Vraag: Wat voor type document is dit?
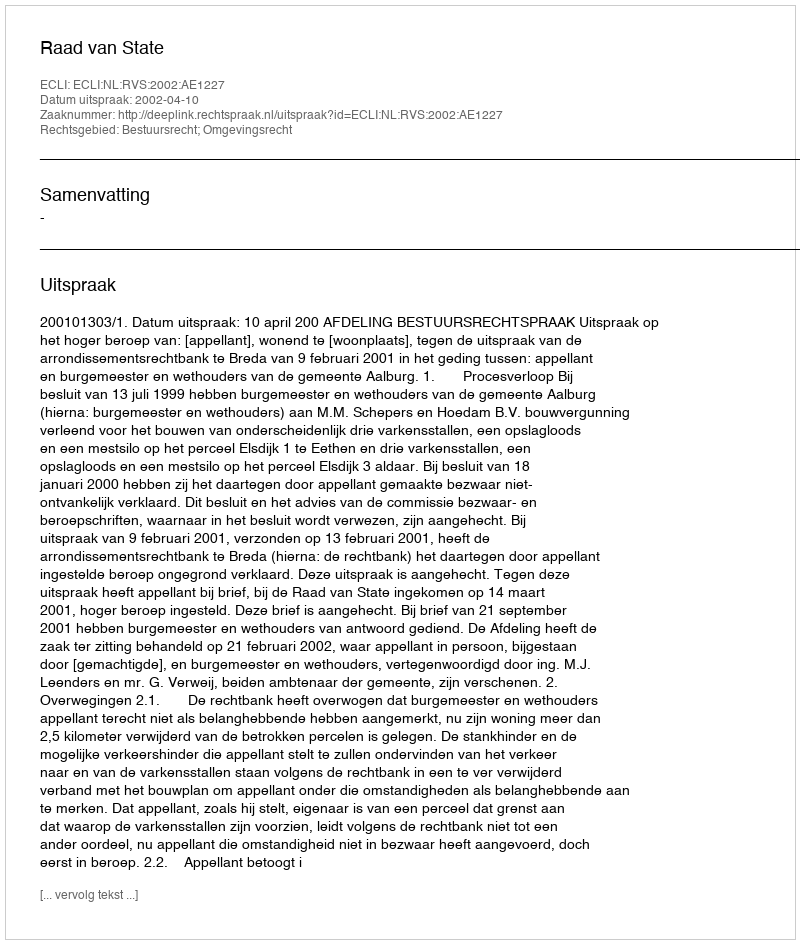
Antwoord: Uitspraak